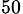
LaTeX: _{50}